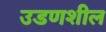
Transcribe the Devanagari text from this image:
उडणशील